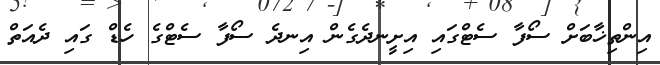
އިންތިޚާބަށް ސޯފާ ސެޓްގައި އިށީނދެގެން އިނދެ ސޯފާ ސެޓްގެ ހެޑް ގައި ދެއަތް